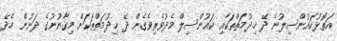
އަތޮޅުކައުންސިލުނެ ދޭ ޚިދުމަތްތަކާއި ކައުންސިލް މެދުވެރިވެގެން ދޭ ޚިދުމަތްތަކަށް މިގާނުނުގެ ދަށުން ހެދޭ